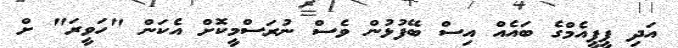
އަދި ޕީޕީއެމްގެ ބައެއް އިސް ބޭފުޅުން ވެސް ނުރަސްމީކޮށް އެކަން "ހަވީރަ" ށް